Insane asylums Bombay 1873-77 - 1873-1877
Year: 1873
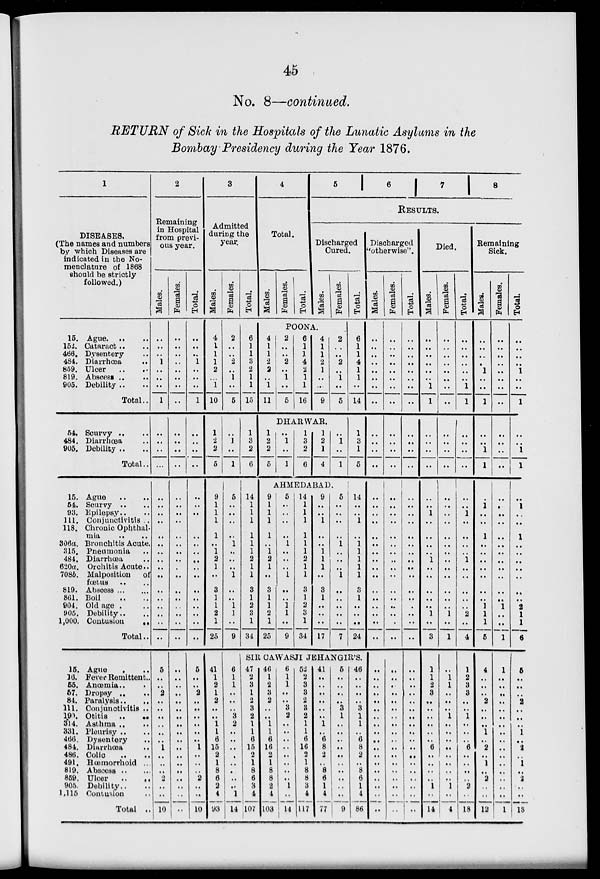
45
No. 8—continued.
RETURN of Sick in the Hospitals of the Lunatic Asylums in the
Bombay Presidency during the Year 1876.
1
DISEASES.
(The names and numbers
by which Diseases are
indicated in the No-
menclature of 1868
should be strictly
followed.)
15. Ague
..
..
152. Cataract .. ..
466. Dysentery ..
484. Diarrhœa ..
859. Ulcer .. ..
819. Absces .. ..
905. Debility .. ..
Total..
54. Scurvy .. ..
484. Diarrhœa ..
905. Debility .. ..
Total ..
15. Ague .. ..
54. Scurvy ..
93. Epilepsy.. ..
111. Conjunctivitis ..
118. Chronic Ophthal-
mia .. ..
306a. Bronchitis Acute.
315. Pneumonia ..
484. Diarrhœa ..
620a. Orchitis Acute ..
708b. Malposition of
fœtus .. ..
819. Abscess .. ..
861. Boil .. ..
904. Old age .. ..
905. Debility.. ..
1,000. Contusion
..
Total ..
15. Ague ..
16. Fever Remittent..
55. Anœmia..
..
57. Dropsy .. ..
84. Paralysis .. ..
111. Conjunctivitis ..
190. Otitis ..
..
314. Asthma .. ..
331. Pleurisy .. ..
466. Dysentery ..
484. Diarrhœa ..
486. Colic .. ..
491. Hœmorrhoid ..
819. Abscess .. ..
859. Ulcer .. ..
905. Debility.. ..
1,115 Contusion ..
Total ..
2
Remaining
in Hospital
from previ-
ous year.
Males.
..
..
..
1
..
..
..
1
..
..
..
..
..
..
..
..
..
..
..
..
..
..
..
..
..
..
..
..
5
..
..
2
..
..
..
..
..
..
1
..
..
..
2
..
..
10
Females.
..
..
..
..
..
..
..
..
..
..
..
..
..
..
..
..
..
..
..
..
..
..
..
..
..
..
..
..
..
..
..
..
..
..
..
..
..
..
..
..
..
..
..
..
..
..
Total.
..
..
..
1
..
..
..
1
..
..
..
..
..
..
..
..
..
..
..
..
..
..
..
..
..
..
..
..
5
..
..
2
..
..
..
..
..
..
1
..
..
..
2
..
10
3
Admitted
during the
year.
Males.
4
1
1
1
2
..
1
10
1
2
2
5
9
1
1
1
1
..
1
2
1
..
3
1
1
2
1
25
41
1
2
1
2
..
..
1
1
6
15
2
1
8
6
2
4
93
Females.
2
..
..
2
..
1
..
5
..
1
..
1
5
..
..
..
..
1
..
..
..
1
..
..
1
1
..
9
6
1
1
..
..
..
3
2
..
..
..
..
..
..
..
..
1
14
Total.
6
1
1
3
2
1
1
15
1
3
2
6
14
1
1
1
1
1
1
2
1
1
3
1
2
3
1
34
4
Total.
Males.
Females.
Total.
5
6
7
8
RESULTS.
Discharged
Cured.
Males.
Females.
Total.
POONA.
4
1
1
2
2
..
1
11
2
..
..
2
..
1
..
5
6
1
1
4
2
1
1
16
4
1
1
2
1
..
..
9
2
..
..
2
..
1
..
5
6
1
1
4
1
1
..
14
DHARWAR.
1
2
2
5
..
1
..
1
1
3
2
6
1
2
1
4
..
1
..
1
1
3
1
5
AHMEDABAD.
9
1
1
1
1
..
1
2
1
..
3
1
1
2
1
25
5
..
..
..
..
1
..
..
..
1
..
..
1
1
..
9
14
1
1
1
1
1
1
2
1
1
3
1
2
3
1
34
9
..
..
1
..
..
1
1
1
..
3
1
..
..
..
17
5
..
..
..
..
1
..
..
..
1
..
..
..
..
..
7
14
..
..
1
..
1
1
1
1
1
3
1
..
..
..
24
SIR CAWASJI JEHANGIR'S.
47
2
3
1
2
3
2
1
1
6
15
2
1
8
6
3
4
107
46
1
2
3
2
..
..
1
1
6
16
2
1
8
8
2
4
103
6
1
1
..
..
3
2
..
..
..
..
..
..
..
..
1
..
14
52
2
3
3
2
3
2
1
1
6
16
2
1
8
8
3
4
117
41
..
..
..
..
..
..
1
..
6
8
2
..
8
6
1
4
77
5
..
..
..
..
3
1
..
..
..
..
..
..
..
..
..
..
9
46
..
..
..
..
3
1
1
..
6
8
2
..
8
6
1
4
86
Discharged
"otherwise".
Males.
..
..
..
..
..
..
..
..
..
..
..
..
..
..
..
..
..
..
..
..
..
..
..
..
..
..
..
..
..
..
..
..
..
..
..
..
..
..
..
..
..
..
..
..
..
..
Females.
..
..
..
..
..
..
..
..
..
..
..
..
..
..
..
..
..
..
..
..
..
..
..
..
..
..
..
..
..
..
..
..
..
..
..
..
..
..
..
..
..
..
..
..
..
..
Total.
..
..
..
..
..
..
..
..
..
..
..
..
..
..
..
..
..
..
..
..
..
..
..
..
..
..
..
..
..
..
..
..
..
..
..
..
..
..
..
..
..
..
..
..
..
..
Died.
Males.
..
..
..
..
..
..
1
1
..
..
..
..
..
..
1
..
..
..
..
1
..
..
..
..
..
1
..
3
1
1
2
3
..
..
..
..
..
..
6
..
..
..
..
1
..
14
Females.
..
..
..
..
..
..
..
..
..
..
..
..
..
..
..
..
..
..
..
..
..
..
..
..
..
1
..
1
..
1
1
..
..
..
1
..
..
..
..
..
..
..
..
1
..
4
Total.
..
..
..
..
..
..
1
1
..
..
..
..
..
..
1
..
..
..
..
1
..
..
..
..
..
2
..
4
1
2
3
3
..
..
1
..
..
..
6
..
..
..
..
2
..
18
Remaining
Sick.
Males.
..
..
..
..
1
..
..
1
..
..
1
1
..
1
..
..
1
..
..
..
..
..
..
..
1
1
1
5
4
..
..
..
2
..
..
..
1
..
2
..
1
..
2
..
..
12
Females.
..
..
..
..
..
..
..
..
..
..
..
..
..
..
..
..
..
..
..
..
..
..
..
..
1
..
..
1
1
..
..
..
..
..
..
..
..
..
..
..
..
..
..
..
..
1
Total.
..
..
..
..
1
..
..
1
..
..
1
1
..
1
..
..
1
..
..
..
..
..
..
..
2
1
1
6
5
..
..
..
2
..
..
..
1
..
2
..
1
..
2
..
..
13